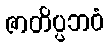
ဇာတိပ္ပဘဝံ